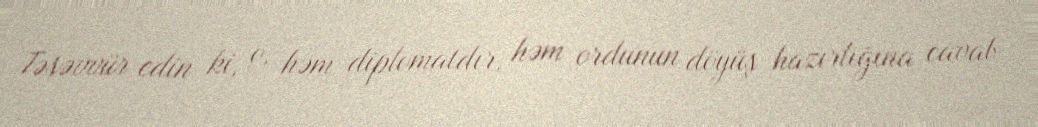
Təsəvvür edin ki, o, həm diplomatdır, həm ordunun döyüş hazırlığına cavab